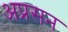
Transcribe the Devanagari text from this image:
अप्रसन